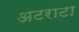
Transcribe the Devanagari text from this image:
अटराटा